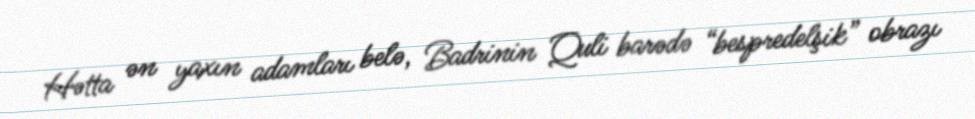
Hətta ən yaxın adamları belə, Badrinin Quli barədə “bespredelşik” obrazı